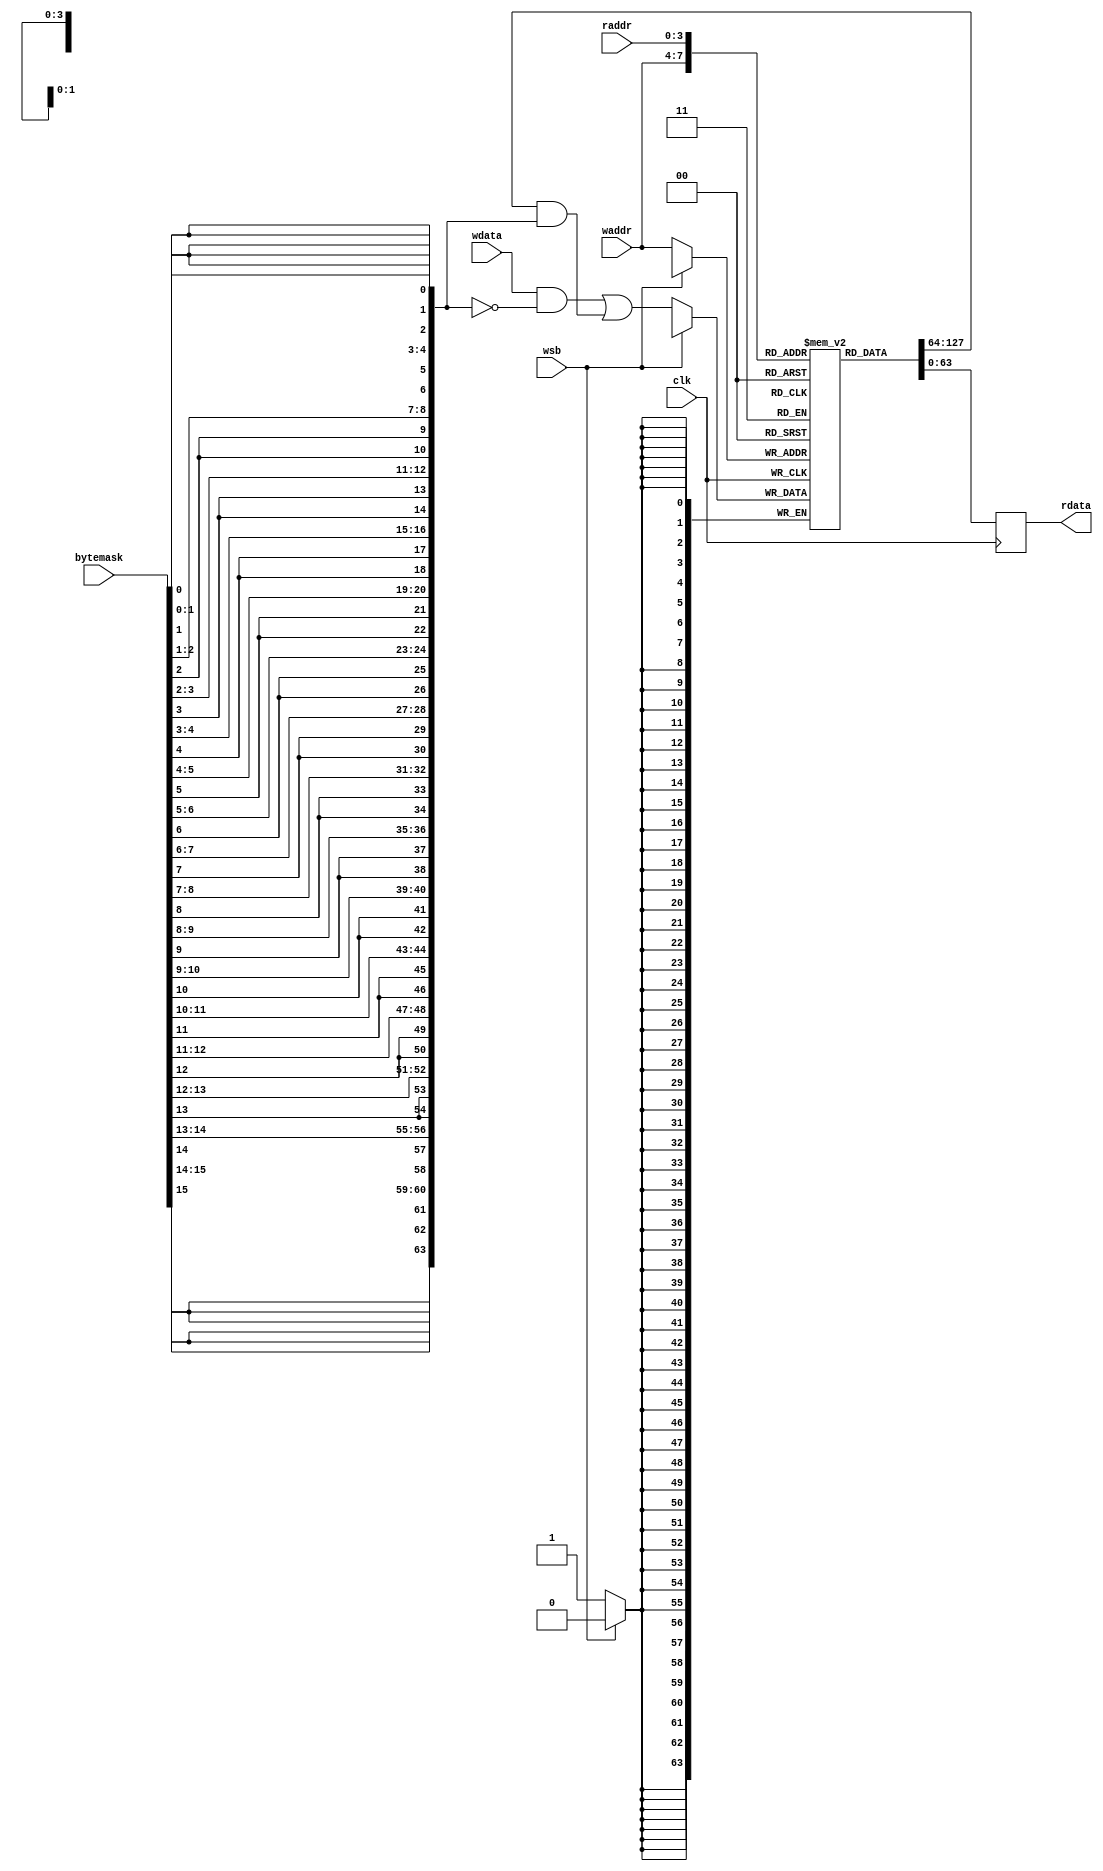
// FOR next
module next_sram_256x4b #(    
parameter ADDR_SPACE = 4, // 256 / 16
parameter Q = 16,
parameter BW = 4
)
(
input clk,
input wsb,  //write enable """"ACTIVE LOW""""
input [BW*Q-1:0] wdata, //write data (master)
input [Q-1:0] bytemask, // """ACTIVE LOW"""
input [ADDR_SPACE-1:0] waddr, //write address
input [ADDR_SPACE-1:0] raddr, //read address
output reg [BW*Q-1:0] rdata 
);

reg [BW*Q-1:0] _rdata;
reg [BW*Q-1:0] mem [0:15]; // N / (K * Q)
wire [BW*Q-1:0] bit_mask;
assign bit_mask = { {4{bytemask[15]}},{4{bytemask[14]}},{4{bytemask[13]}},{4{bytemask[12]}},
{4{bytemask[11]}},{4{bytemask[10]}},{4{bytemask[9]}},{4{bytemask[8]}},{4{bytemask[7]}},{4{bytemask[6]}},{4{bytemask[5]}},{4{bytemask[4]}},{4{bytemask[3]}},{4{bytemask[2]}},{4{bytemask[1]}},{4{bytemask[0]}}};

always @(posedge clk) begin
    if(~wsb) begin
        mem[waddr] <= (wdata & ~(bit_mask)) | (mem[waddr] & bit_mask);
    end
end

always @(posedge clk) begin
    _rdata <= mem[raddr];
end

always @* begin
    rdata = #(1) _rdata;
end

task load_param(
    input integer index,
    input [BW*Q-1:0] param_input
);
    mem[index] = param_input;
endtask

endmodule